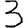
Digit: 3